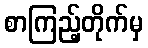
စာကြည့်တိုက်မှ